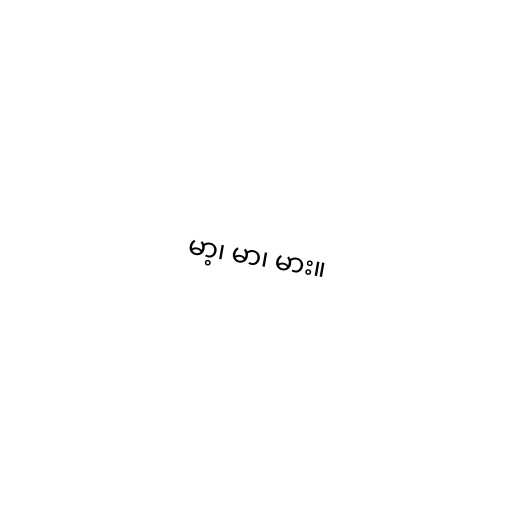
မာ့၊ မာ၊ မား။